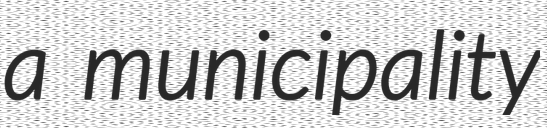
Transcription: a municipality